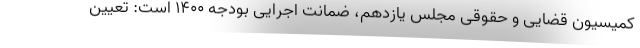
کمیسیون قضایی و حقوقی مجلس یازدهم، ضمانت اجرایی بودجه ۱۴۰۰ است: تعیین